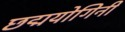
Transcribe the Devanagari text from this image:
छद्मयोगिनी